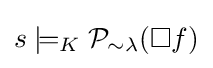
s\models _{K}{\mathcal {P}}_{\sim \lambda }(\square f)